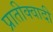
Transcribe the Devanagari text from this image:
प्रातीक्वादी